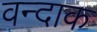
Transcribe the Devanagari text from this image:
वन्दाक